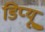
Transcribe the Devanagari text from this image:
डिप्यू